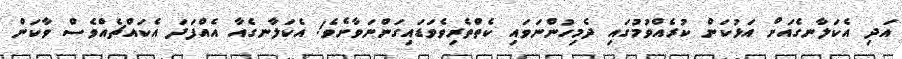
އަދި އެކަލާނގެއަށް އަޅުކަން ކުރެއްވުމުގައި ދެމިހުންނަވައި ކެތްތެރިވެވަޑައިގަންނަވާށެވެ! އެކަލާނގެއާ އެއްފަދަ އެކައްޗެއްވެސް ވާކަން